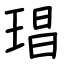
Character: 琩